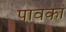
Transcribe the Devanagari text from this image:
पावका